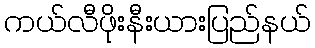
ကယ်လီဖိုးနီးယားပြည်နယ်